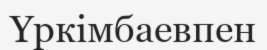
Үркімбаевпен